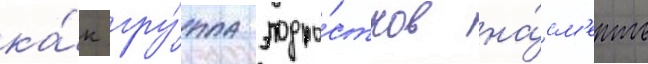
ка́к гру́ппа подро́стков на́см'ерть